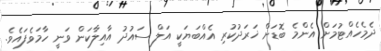
ދެމެހެއްޓުމަށް އެންމެ ބޮޑަށް ޚަރަދުކުރި އެއްބަޔަކީ އަލް ސައުދު އާއިލާކަން ވަނީ ހާމަވެފައެވެ.